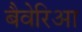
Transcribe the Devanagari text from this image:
बैवेरिआ